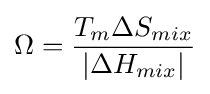
\Omega ={\frac {T_{m}{\Delta }S_{mix}}{\left\vert {\Delta }H_{mix}\right\vert }}